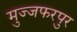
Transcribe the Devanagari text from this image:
मुज्जफरपुर